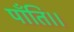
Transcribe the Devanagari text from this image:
पाँति।।